Document type: Testament
Year: 1362
Scribe: Berenguer Vergós
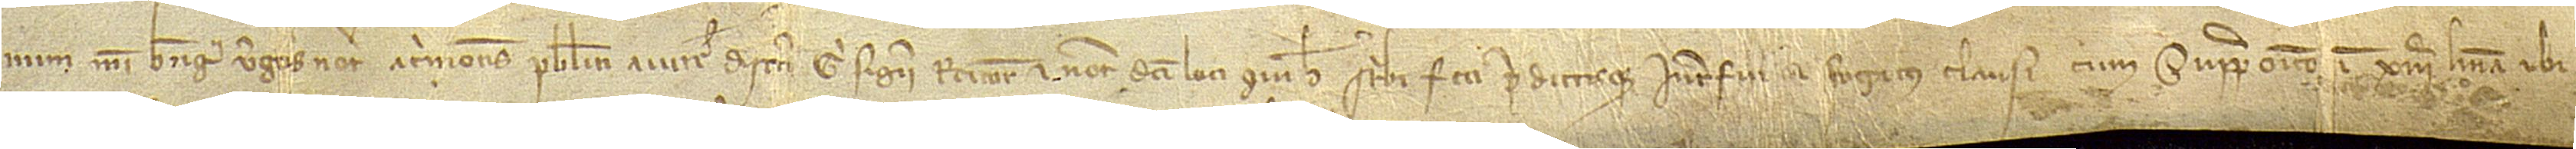
num Berengarii Vergos, notarii Acrimontis publici auctoritate discreti Gi Sigerii, rectoris et notarii dicti loci, qui hec scribi feci predictisque interfui et rogatus clausi cum suppraposito in XIIIª linea, ubi